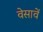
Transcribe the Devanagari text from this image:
वेसावें